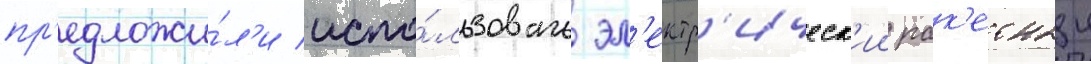
пр'едложи́л'и испо́льзовать эл'ектр'ическ'ии рак'етныи